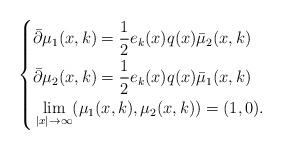
LaTeX: \begin{align*}\left \{\begin{aligned}&\bar \partial \mu _ 1(x,k)= \frac 1 2 e_k(x) q(x) \bar \mu _2 (x,k) \\&\bar \partial \mu _2 ( x,k) = \frac 1 2 e_k (x) q(x) \bar \mu _1(x,k) \\&\lim _ { |x| \rightarrow \infty } ( \mu _ 1(x,k) , \mu _2 (x,k) ) = (1,0).\end{aligned}\right. \end{align*}